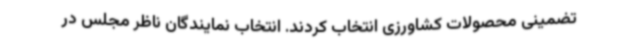
تضمینی محصولات کشاورزی انتخاب کردند. انتخاب نمایندگان ناظر مجلس در